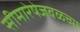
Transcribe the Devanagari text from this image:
सीमारेषेजवळच्या